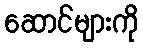
ဆောင်များကို